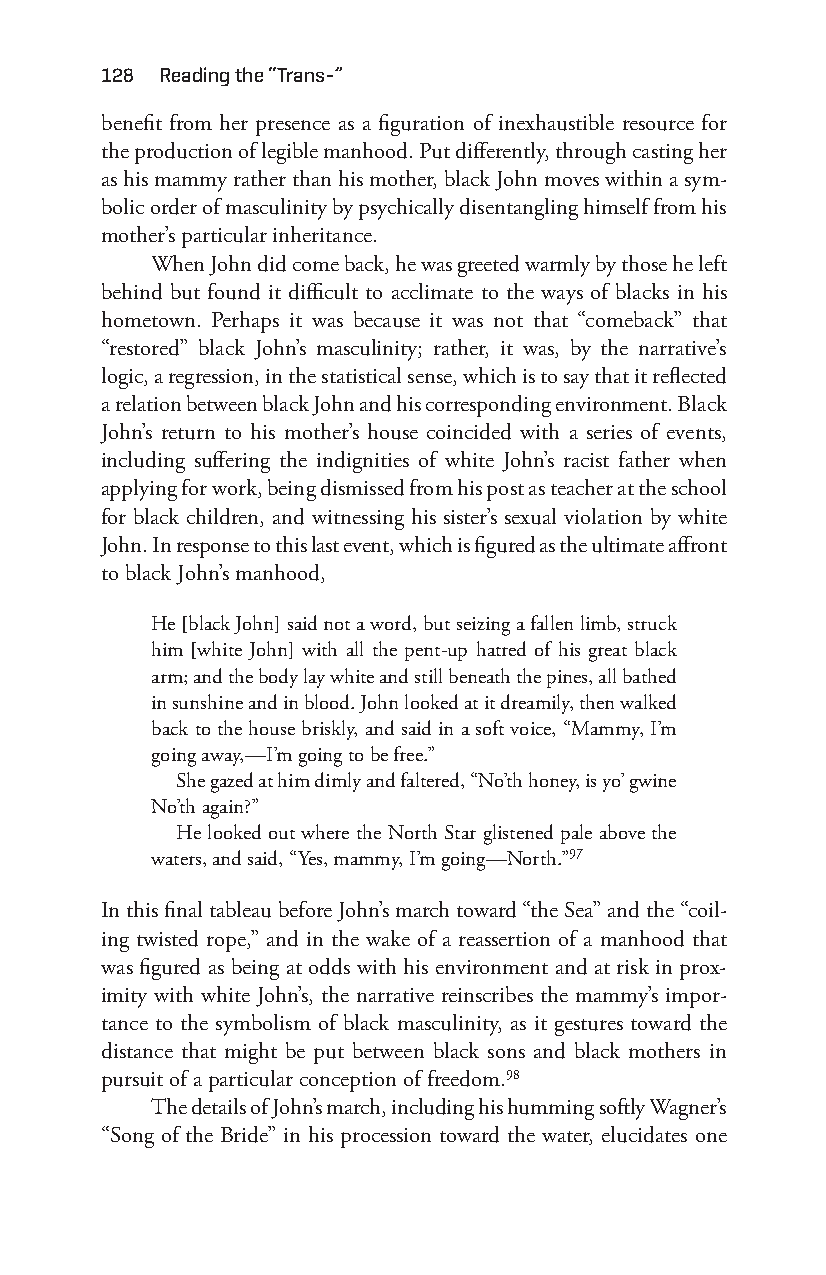
128 reading the “trans-”
 benefit from her presence as a figuration of inexhaustible resource for
 the production of legible manhood. Put differently, through casting her
 as his mammy rather than his mother, black John moves within a sym-
 bolic order of masculinity by psychically disentangling himself from his
 mother’s particular inheritance.
 When John did come back, he was greeted warmly by those he left
 behind but found it difficult to acclimate to the ways of blacks in his
 hometown. Perhaps it was because it was not that “comeback” that
 “restored” black John’s masculinity; rather, it was, by the narrative’s
 logic, a regression, in the statistical sense, which is to say that it reflected
 a relation between black John and his corresponding environment. Black
 John’s return to his mother’s house coincided with a series of events,
 including suffering the indignities of white John’s racist father when
 applying for work, being dismissed from his post as teacher at the school
 for black children, and witnessing his sister’s sexual violation by white
 John. In response to this last event, which is figured as the ultimate affront
 to black John’s manhood,
 He [black John] said not a word, but seizing a fallen limb, struck
 him [white John] with all the pent- up hatred of his great black
 arm; and the body lay white and still beneath the pines, all bathed
 in sunshine and in blood. John looked at it dreamily, then walked
 back to the house briskly, and said in a soft voice, “Mammy, I’m
 going away,— I’m going to be free.”
 She gazed at him dimly and faltered, “No’th honey, is yo’ gwine
 No’th again?”
 He looked out where the North Star glistened pale above the
 waters, and said, “Yes, mammy, I’m going— North.”97
 In this final tableau before John’s march toward “the Sea” and the “coil-
 ing twisted rope,” and in the wake of a reassertion of a manhood that
 was figured as being at odds with his environment and at risk in prox-
 imity with white John’s, the narrative reinscribes the mammy’s impor-
 tance to the symbolism of black masculinity, as it gestures toward the
 distance that might be put between black sons and black mothers in
 pursuit of a particular conception of freedom.98
 The details of John’s march, including his humming softly Wagner’s
 “Song of the Bride” in his procession toward the water, elucidates one
 Snorton.indd 128                            29/09/2017 8:41:05 AM